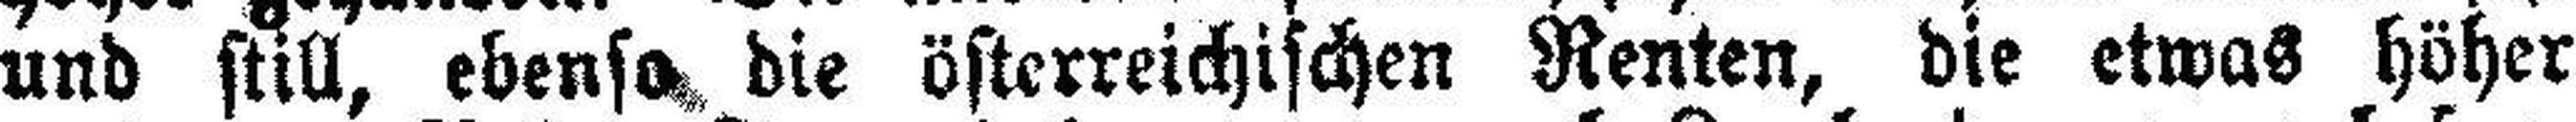
und still, ebenso die österreichischen Renten, die etwas höher